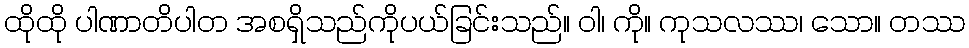
ထိုထို ပါဏာတိပါတ အစရှိသည်ကိုပယ်ခြင်းသည်။ ဝါ၊ ကို။ ကုသလဿ၊ သော။ တဿ